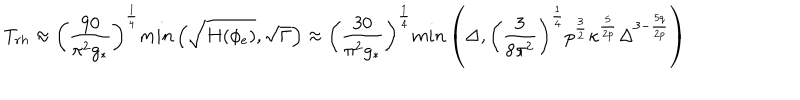
LaTeX: T _ { r h } \approx \left( \frac { 9 0 } { \pi ^ { 2 } g _ { * } } \right) ^ { \frac { 1 } { 4 } } m i n \left( \sqrt { H ( \phi _ { e } ) } , \sqrt { \Gamma } \right) \approx \left( \frac { 3 0 } { \pi ^ { 2 } g _ { * } } \right) ^ { \frac { 1 } { 4 } } m i n \left( \Delta , \left( \frac { 3 } { 8 \pi ^ { 2 } } \right) ^ { \frac { 1 } { 4 } } p ^ { \frac { 3 } { 2 } } \kappa ^ { \frac { 5 } { 2 p } } \Delta ^ { 3 - \frac { 5 q } { 2 p } } \right)